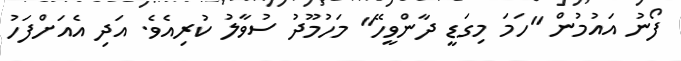
ފޯނު އައުމުން "ހަމަ މިގަޑީ ދާންވީހޭ" މަހުމޫދު ސުވާލު ކުރިއެވެ. އަދި އެއަށްފަހު